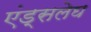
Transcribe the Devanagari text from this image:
एंड्सलेघ